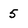
Character: 5